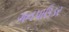
ગનપાઉડર